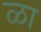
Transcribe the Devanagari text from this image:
ळा